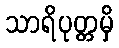
သာရိပုတ္တမှိ